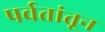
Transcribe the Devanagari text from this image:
पर्वतांतून